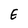
Character: E